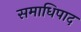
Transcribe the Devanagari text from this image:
समाधिपाद